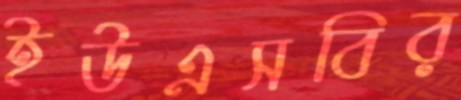
ইউএসবির